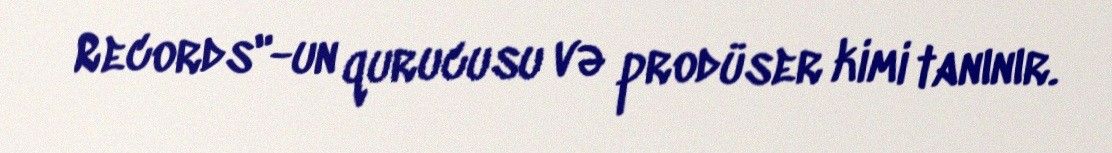
Records"-un qurucusu və prodüser kimi tanınır.